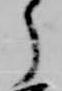
了